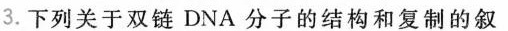
3.下列关于双链DNA分子的结构和复制的叙